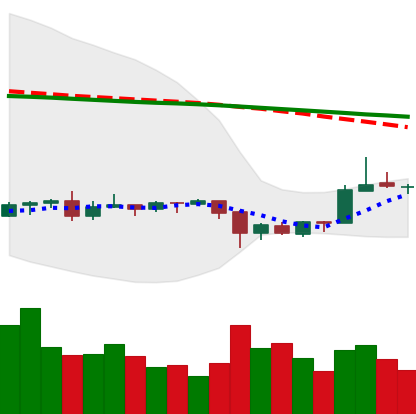
Ticker: ETC-USD
Chart end date: 2020-09-29
Forward return: -4.736%
Label: down_3_5